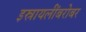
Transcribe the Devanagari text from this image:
इस्रायलींबरोबर